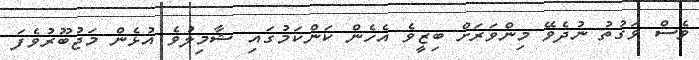
ވެސް ވަގުތު ނުދެވޭ މިންވަރަށް ބިޒީވެ އެހެން ކަންކަމުގައި ޝާމިލުވެ އުޅެން މަޖުބޫރުވެފަ